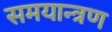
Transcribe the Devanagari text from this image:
समयान्त्रण